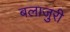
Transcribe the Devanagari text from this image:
बलाजुरी